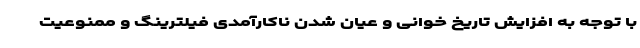
با توجه به افزایش تاریخ خوانی و عیان شدن ناکارآمدی فیلترینگ و ممنوعیت